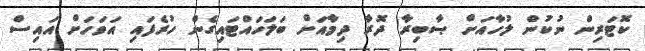
ކޮޓަރިން ނުކުން ލުހާއަށް ޞާބިރާ ދޮރާ ދިމާއަށް ބަލަހައްޓައިގެން ހުރެފައި އަވަހަށް އައިސް